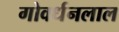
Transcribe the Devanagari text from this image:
गोवर्धनलाल